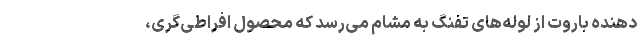
دهنده باروت از لوله‌های تفنگ به مشام می‌رسد که محصول افراطی‌گری،